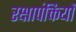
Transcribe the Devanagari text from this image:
रक्षापंक्तियों